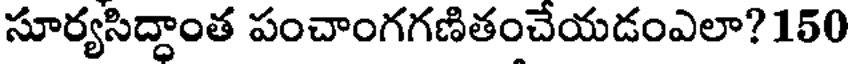
సూర్యసిద్ధాంత పంచాంగగణితంచేయడంఎలా? 150